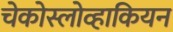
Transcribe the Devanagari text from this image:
चेकोस्लोव्हाकियन